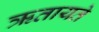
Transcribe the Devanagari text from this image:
ऋतायते